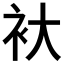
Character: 𮕨